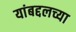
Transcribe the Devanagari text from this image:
यांबद्दलच्या